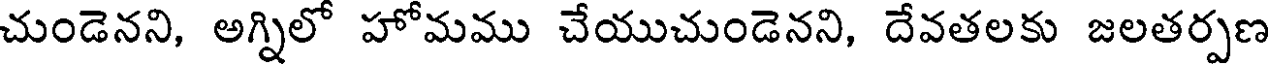
చుండెనని, అగ్నిలో హోమము చేయుచుండెనని, దేవతలకు జలతర్పణ